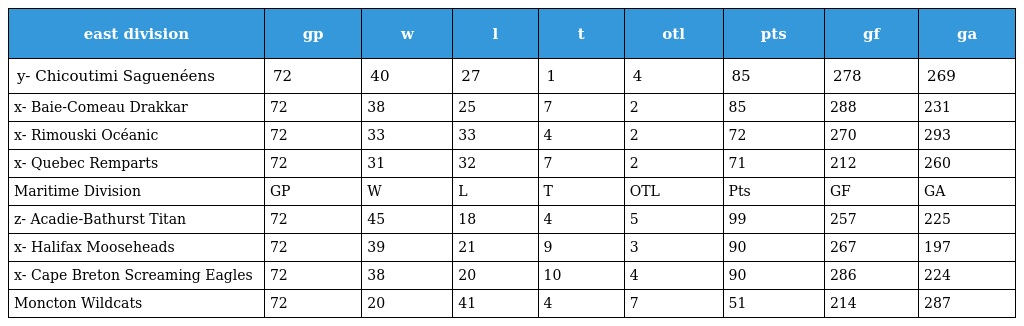
| east division | gp | w | l | t | otl | pts | gf | ga |
 | --- | --- | --- | --- | --- | --- | --- | --- | --- |
 | y- Chicoutimi Saguenéens | 72 | 40 | 27 | 1 | 4 | 85 | 278 | 269 |
 | x- Baie-Comeau Drakkar | 72 | 38 | 25 | 7 | 2 | 85 | 288 | 231 |
 | x- Rimouski Océanic | 72 | 33 | 33 | 4 | 2 | 72 | 270 | 293 |
 | x- Quebec Remparts | 72 | 31 | 32 | 7 | 2 | 71 | 212 | 260 |
 | Maritime Division | GP | W | L | T | OTL | Pts | GF | GA |
 | z- Acadie-Bathurst Titan | 72 | 45 | 18 | 4 | 5 | 99 | 257 | 225 |
 | x- Halifax Mooseheads | 72 | 39 | 21 | 9 | 3 | 90 | 267 | 197 |
 | x- Cape Breton Screaming Eagles | 72 | 38 | 20 | 10 | 4 | 90 | 286 | 224 |
 | Moncton Wildcats | 72 | 20 | 41 | 4 | 7 | 51 | 214 | 287 |